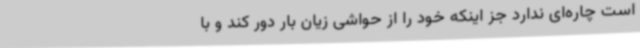
است چاره‌ای ندارد جز اینکه خود را از حواشی زیان بار دور کند و با